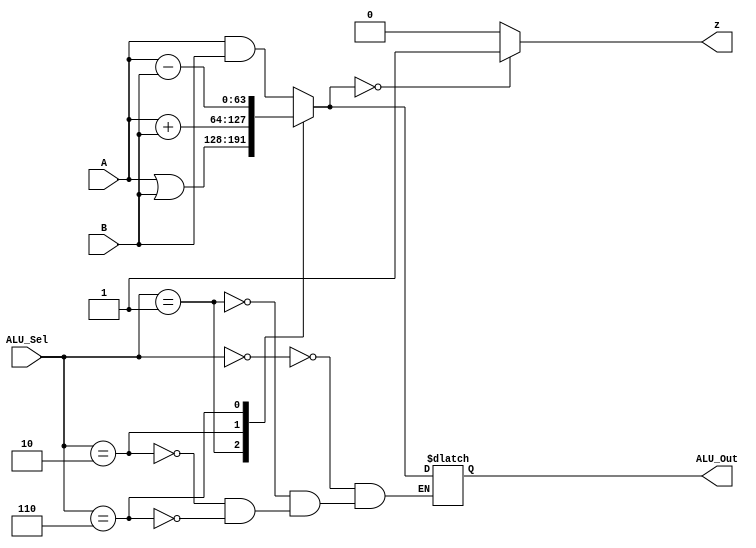
module alu(
	input [63:0] A,B,                   
        input [3:0] ALU_Sel,
        output [63:0] ALU_Out,
	
        output z 
	);
    	reg [63:0] ALU_Result;
    	assign ALU_Out = ALU_Result;
	reg z_Result;
	assign z = z_Result; 
    	always @(A,B,ALU_Sel)	
    	begin
        case(ALU_Sel) 
		4'b0000:
        		ALU_Result = A & B ;
        	4'b0001: 
        		ALU_Result = A | B ;
        	4'b0010: 
           		ALU_Result = A + B;
         	4'b0110: 
           		ALU_Result = A - B;
        endcase
	if(ALU_Result == 64'b0)
	begin 
		z_Result <= 1;
	end
	else
	begin
		z_Result <= 0;
	end
    end

endmodule